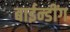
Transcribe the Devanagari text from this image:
बाईन्डींग